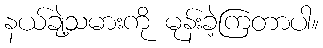
နယ်ချဲ့သမားကို မုန်းခဲ့ကြတာပါ။